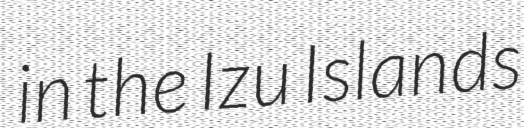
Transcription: in the Izu Islands